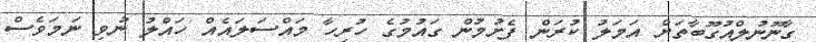
ގާނޫނުލްއުގޫބާތަށް އަމަލު ކުރަން ފެށުމުން ގައުމުގެ ހުރިހާ މައްސަލައެއް ހައްލު ނުވި ނަމަވެސް